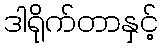
ဒါရိုက်တာနှင့်